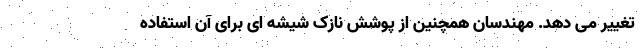
تغییر می دهد. مهندسان همچنین از پوشش نازک شیشه ای برای آن استفاده